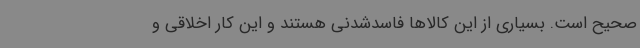
صحیح است. بسیاری از این کالاها فاسدشدنی هستند و این کار اخلاقی و